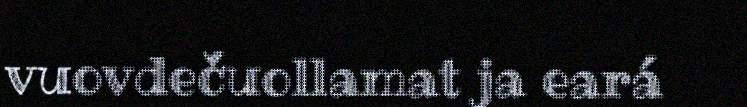
vuovdečuollamat ja eará